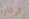
ثرثارة